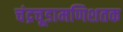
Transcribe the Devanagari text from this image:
चंद्रचूडामणिशतक